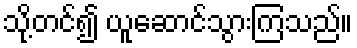
သို့တင်၍ ယူဆောင်သွားကြသည်။